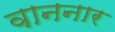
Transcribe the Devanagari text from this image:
वाननार